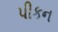
પીકન